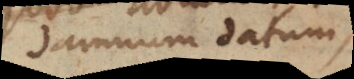
damnum datum,